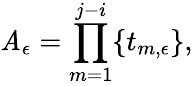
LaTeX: \mathit{A}_{\epsilon}=\prod_{m=1}^{j-i}\{ t_{m,\epsilon}\} ,